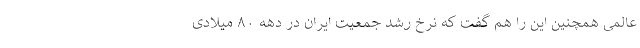
عالمی همچنین این را هم گفت که نرخ رشد جمعیت ایران در دهه ۸۰ میلادی